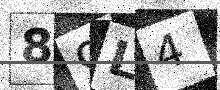
Text: 89L4